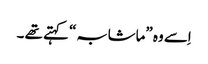
اِسے وہ ”ماشابہ“ کہتے تھے ۔